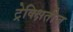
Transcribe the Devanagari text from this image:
ट्रेक्क्षितीज